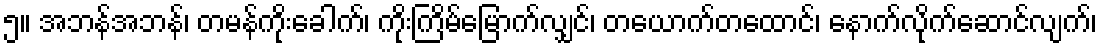
၅။ အဘန်အဘန်၊ တမန်ကိုးခေါက်၊ ကိုးကြိမ်မြောက်လျှင်၊ တယောက်တထောင်၊ နောက်လိုက်ဆောင်လျက်၊